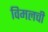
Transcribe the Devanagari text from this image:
विमलची